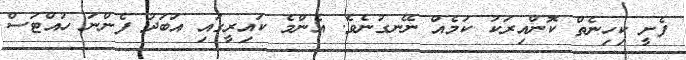
ފެށީ ކިހިނެތް ކޮންއިރަކު ކަމެއް ނޭނގުނެވެ. އެންމެ ކައިރީގައި އަބަދު ފެންނަ ހުއްޓަސް